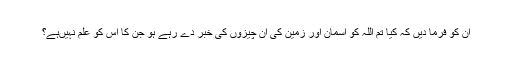
ان کو فرما دیں کہ کیا تم اللہ کو آسمان اور زمین کی ان چیزوں کی خبر دے رہے ہو جن کا اس کو علم نہیںہے؟